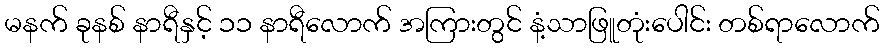
မနက် ခုနစ် နာရီနှင့် ၁၁ နာရီလောက် အကြားတွင် နံ့သာဖြူတုံးပေါင်း တစ်ရာလောက်